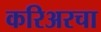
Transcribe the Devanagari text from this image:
करिअरचा